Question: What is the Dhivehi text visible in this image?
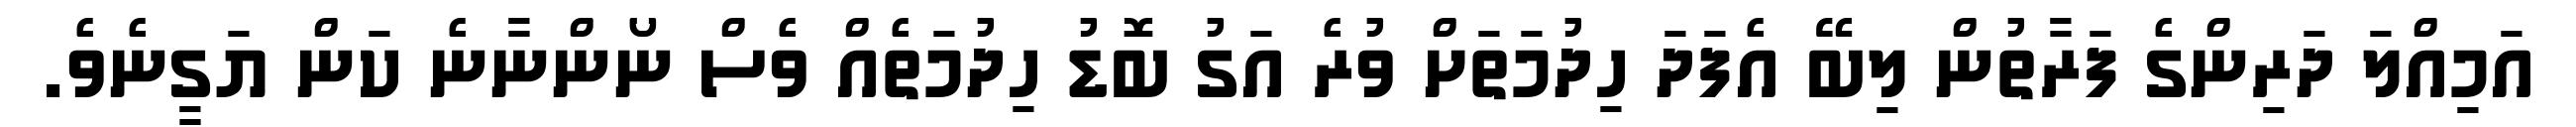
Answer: އަމިއްލަ ދަރިންގެ ފަރާތުން ލިބޭ އެފަދަ ހިދުމަތަށް ވުރެ އަގު ބޮޑު ހިދުމަތެއް ވެސް ނޯންނާނެ ކަން ޔަގީނެވެ.